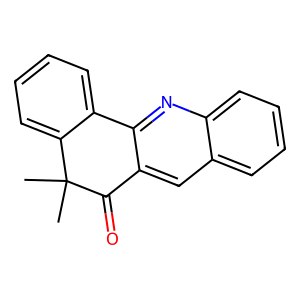
SMILES: CC1(C)C(=O)c2cc3ccccc3nc2-c2ccccc21
Inhibits HIV replication: No